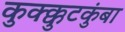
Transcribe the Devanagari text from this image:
कुक्क्कुटकुंबा